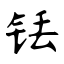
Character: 铥